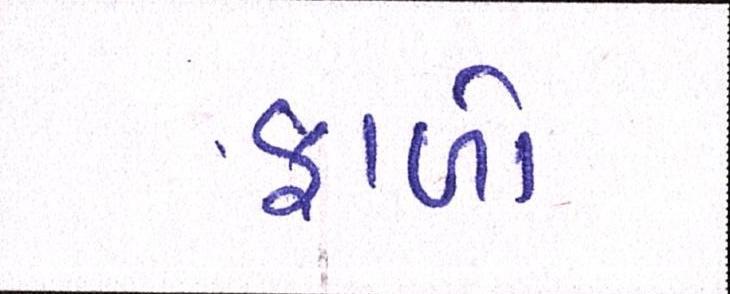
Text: ફાળો